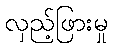
လှည့်ဖြားမှု